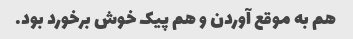
هم به موقع آوردن و هم پیک خوش برخورد بود.